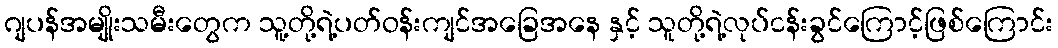
ဂျပန်အမျိုးသမီးတွေက သူ့တို့ရဲ့ပတ်ဝန်းကျင်အခြေအနေ နှင့် သူတို့ရဲ့လုပ်ငန်းခွင်ကြောင့်ဖြစ်ကြောင်း